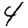
Digit: 4